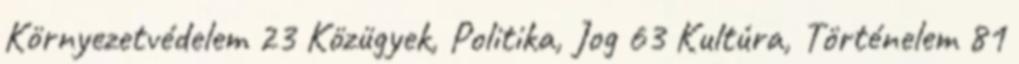
Környezetvédelem 23 Közügyek, Politika, Jog 63 Kultúra, Történelem 81